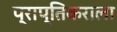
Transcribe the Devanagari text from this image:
प्राप्‍तिकराला